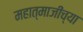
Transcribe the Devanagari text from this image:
महात्माजींच्या